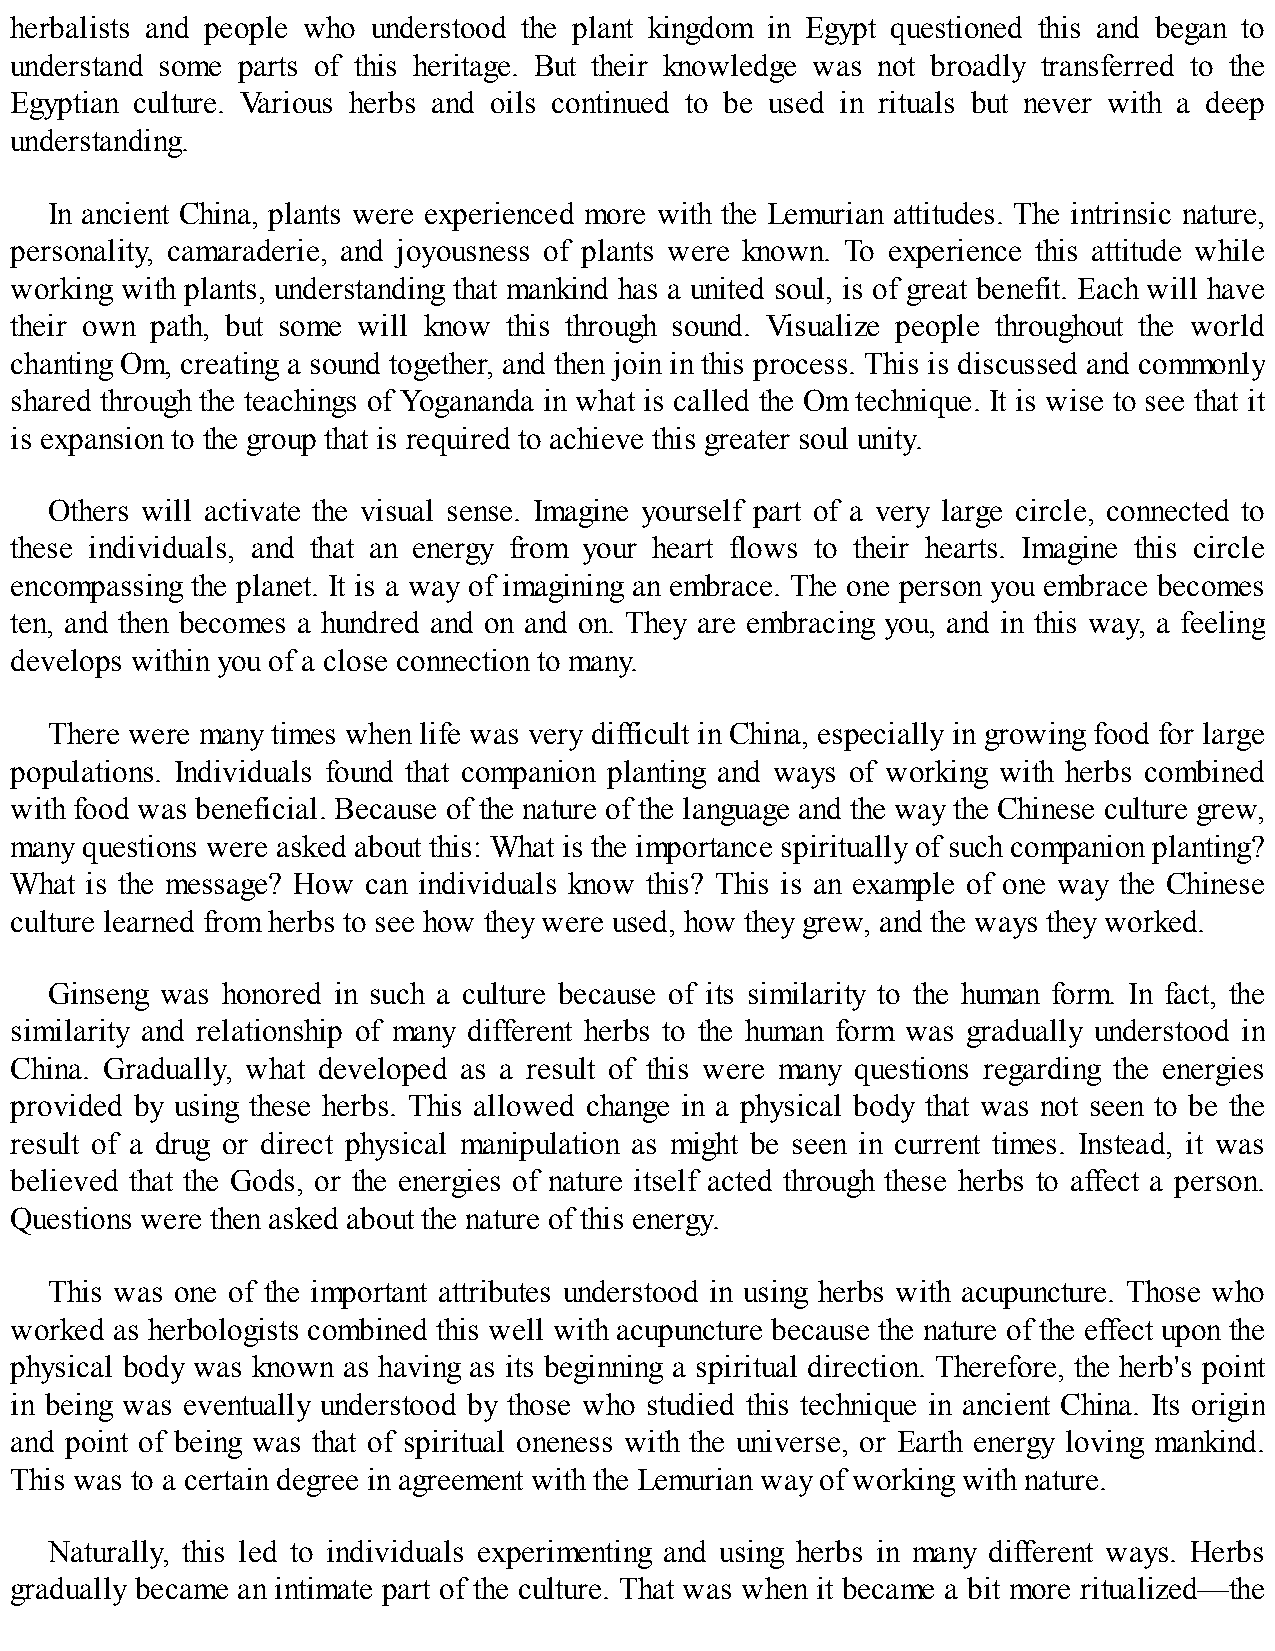
herbalists and people who understood the plant kingdom in Egypt questioned this and began to
 understand some parts of this heritage. But their knowledge was not broadly transferred to the
 Egyptian culture. Various herbs and oils continued to be used in rituals but never with a deep
 understanding.
 In ancient China, plants were experienced more with the Lemurian attitudes. The intrinsic nature,
 personality, camaraderie, and joyousness of plants were known. To experience this attitude while
 working with plants, understanding that mankind has a united soul, is of great benefit. Each will have
 their own path, but some will know this through sound. Visualize people throughout the world
 chanting Om, creating a sound together, and then join in this process. This is discussed and commonly
 shared through the teachings of Yogananda in what is called the Om technique. It is wise to see that it
 is expansion to the group that is required to achieve this greater soul unity.
 Others will activate the visual sense. Imagine yourself part of a very large circle, connected to
 these individuals, and that an energy from your heart flows to their hearts. Imagine this circle
 encompassing the planet. It is a way of imagining an embrace. The one person you embrace becomes
 ten, and then becomes a hundred and on and on. They are embracing you, and in this way, a feeling
 develops within you of a close connection to many.
 There were many times when life was very difficult in China, especially in growing food for large
 populations. Individuals found that companion planting and ways of working with herbs combined
 with food was beneficial. Because of the nature of the language and the way the Chinese culture grew,
 many questions were asked about this: What is the importance spiritually of such companion planting?
 What is the message? How can individuals know this? This is an example of one way the Chinese
 culture learned from herbs to see how they were used, how they grew, and the ways they worked.
 Ginseng was honored in such a culture because of its similarity to the human form. In fact, the
 similarity and relationship of many different herbs to the human form was gradually understood in
 China. Gradually, what developed as a result of this were many questions regarding the energies
 provided by using these herbs. This allowed change in a physical body that was not seen to be the
 result of a drug or direct physical manipulation as might be seen in current times. Instead, it was
 believed that the Gods, or the energies of nature itself acted through these herbs to affect a person.
 Questions were then asked about the nature of this energy.
 This was one of the important attributes understood in using herbs with acupuncture. Those who
 worked as herbologists combined this well with acupuncture because the nature of the effect upon the
 physical body was known as having as its beginning a spiritual direction. Therefore, the herb's point
 in being was eventually understood by those who studied this technique in ancient China. Its origin
 and point of being was that of spiritual oneness with the universe, or Earth energy loving mankind.
 This was to a certain degree in agreement with the Lemurian way of working with nature.
 Naturally, this led to individuals experimenting and using herbs in many different ways. Herbs
 gradually became an intimate part of the culture. That was when it became a bit more ritualized—the